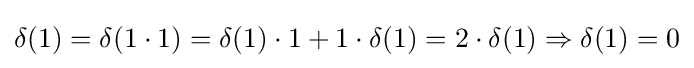
{\textstyle \delta (1)=\delta (1\cdot 1)=\delta (1)\cdot 1+1\cdot \delta (1)=2\cdot \delta (1)\Rightarrow \delta (1)=0}